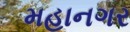
મહાનગર